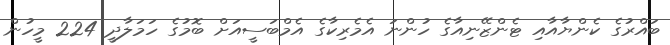
ބައްރުގެ ކެންޔާއާއި ޓެންޒޭނިއާގެ ހުންނަ އެމެރިކާގެ އެމްބަސީއަށް ބޮމުގެ ހަމަލާދީ 224 މީހުން